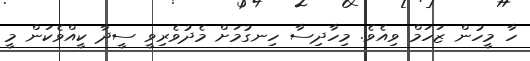
ހާ މީހުން ޒަހަމް ވިއެވެ. މިހާދިސާ ހިނގުމަށް މެދުވެރިވީ ސީދާ ކީއްވެކަން މީ